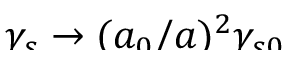
\smash { \gamma _ { s } \to ( a _ { 0 } / a ) ^ { 2 } \gamma _ { s 0 } }